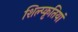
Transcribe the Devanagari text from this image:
शिल्प्कृतियां